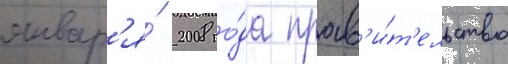
январ'я́ 2008 го́да прав'и́т'ельство